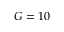
G = 1 0